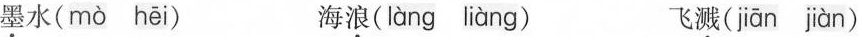
墨水( mò hēi ) 海浪( làng liàng ) 飞溅( jiān jàn )